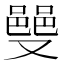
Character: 𫩌